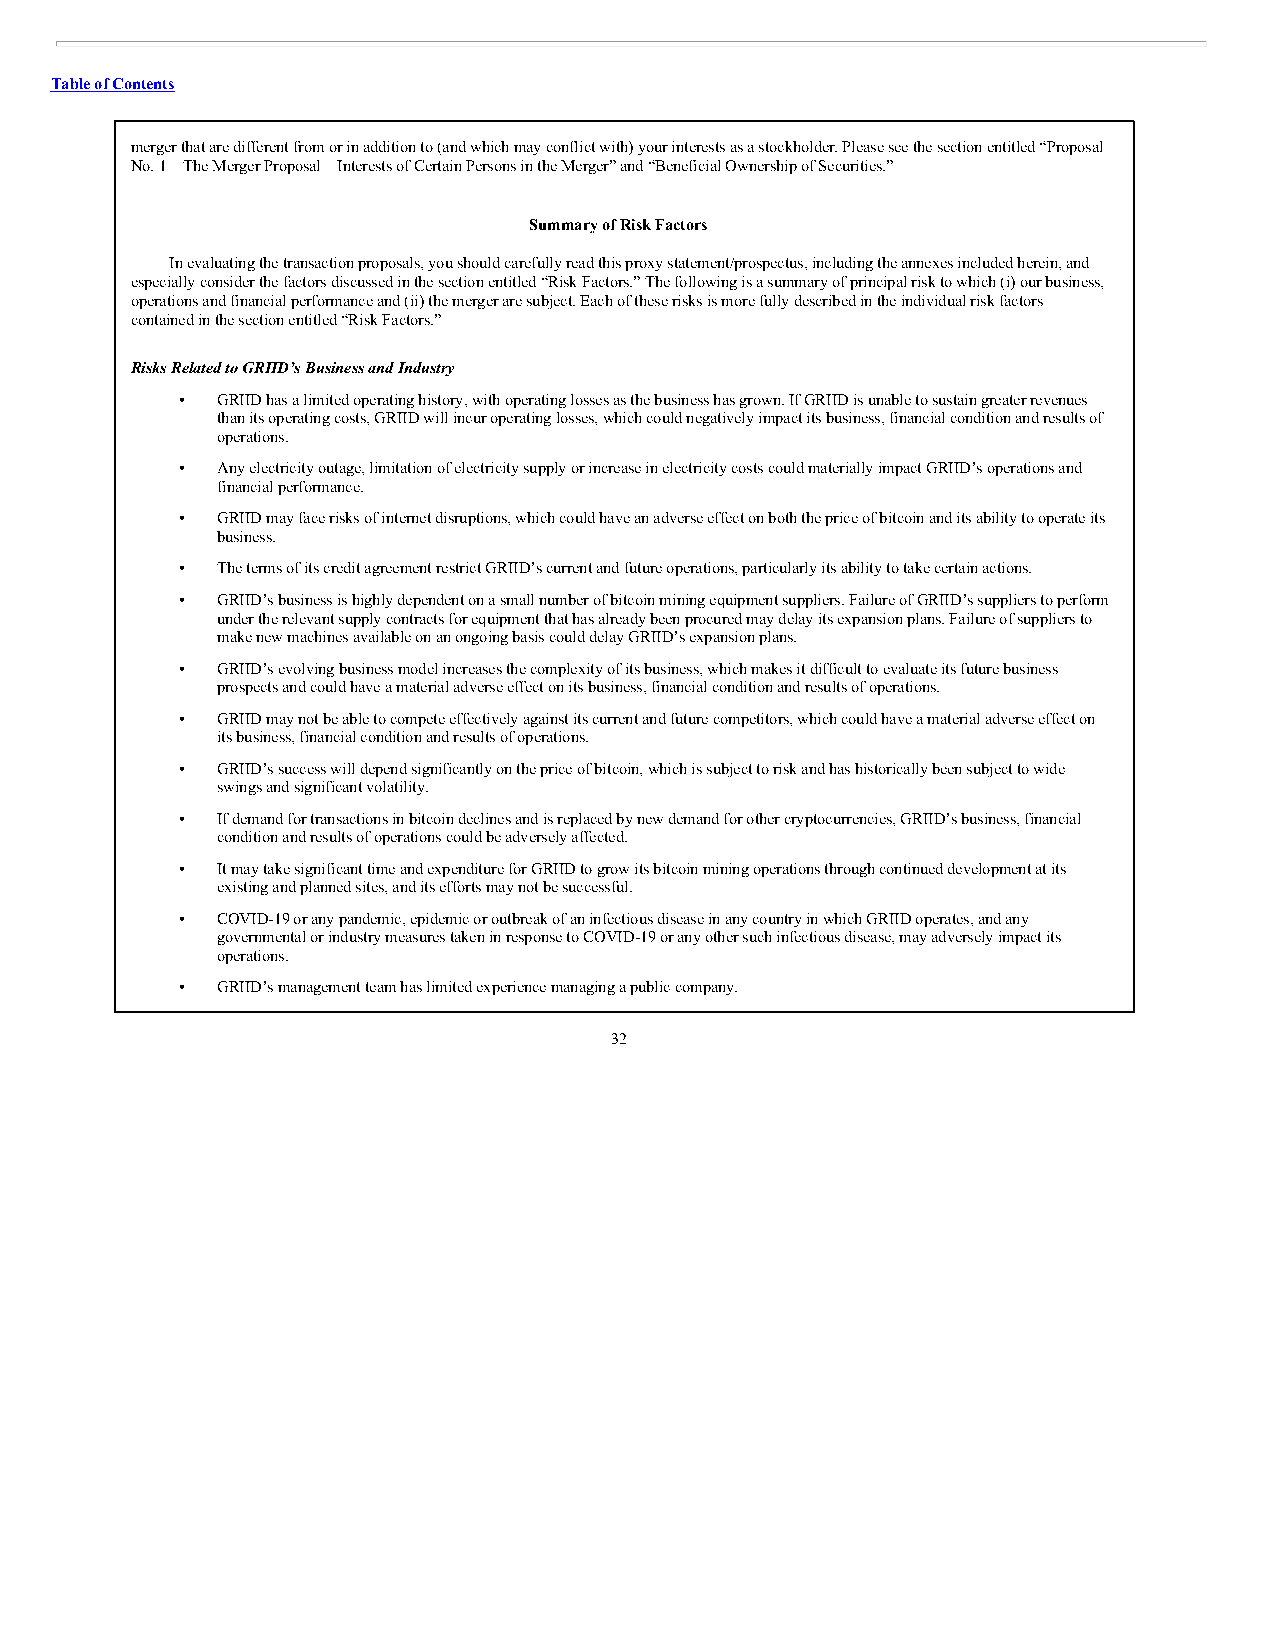
Table of Contents
 merger that are different from or in addition to (and which may conflict with) your interests as a stockholder. Please see the section entitled “Proposal
 No. 1—The Merger Proposal—Interests of Certain Persons in the Merger” and “Beneficial Ownership of Securities.”
 Summary of Risk Factors
 In evaluating the transaction proposals, you should carefully read this proxy statement/prospectus, including the annexes included herein, and
 especially consider the factors discussed in the section entitled “Risk Factors.” The following is a summary of principal risk to which (i) our business,
 operations and financial performance and (ii) the merger are subject. Each of these risks is more fully described in the individual risk factors
 contained in the section entitled “Risk Factors.”
 Risks Related to GRIID’s Business and Industry
 • GRIID has a limited operating history, with operating losses as the business has grown. If GRIID is unable to sustain greater revenues
 than its operating costs, GRIID will incur operating losses, which could negatively impact its business, financial condition and results of
 operations.
 • Any electricity outage, limitation of electricity supply or increase in electricity costs could materially impact GRIID’s operations and
 financial performance.
 • GRIID may face risks of internet disruptions, which could have an adverse effect on both the price of bitcoin and its ability to operate its
 business.
 • The terms of its credit agreement restrict GRIID’s current and future operations, particularly its ability to take certain actions.
 • GRIID’s business is highly dependent on a small number of bitcoin mining equipment suppliers. Failure of GRIID’s suppliers to perform
 under the relevant supply contracts for equipment that has already been procured may delay its expansion plans. Failure of suppliers to
 make new machines available on an ongoing basis could delay GRIID’s expansion plans.
 • GRIID’s evolving business model increases the complexity of its business, which makes it difficult to evaluate its future business
 prospects and could have a material adverse effect on its business, financial condition and results of operations.
 • GRIID may not be able to compete effectively against its current and future competitors, which could have a material adverse effect on
 its business, financial condition and results of operations.
 • GRIID’s success will depend significantly on the price of bitcoin, which is subject to risk and has historically been subject to wide
 swings and significant volatility.
 • If demand for transactions in bitcoin declines and is replaced by new demand for other cryptocurrencies, GRIID’s business, financial
 condition and results of operations could be adversely affected.
 • It may take significant time and expenditure for GRIID to grow its bitcoin mining operations through continued development at its
 existing and planned sites, and its efforts may not be successful.
 • COVID-19 or any pandemic, epidemic or outbreak of an infectious disease in any country in which GRIID operates, and any
 governmental or industry measures taken in response to COVID-19 or any other such infectious disease, may adversely impact its
 operations.
 • GRIID’s management team has limited experience managing a public company.
 32